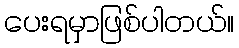
ပေးရမှာဖြစ်ပါတယ်။